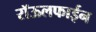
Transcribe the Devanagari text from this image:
रॉऊलफाईन